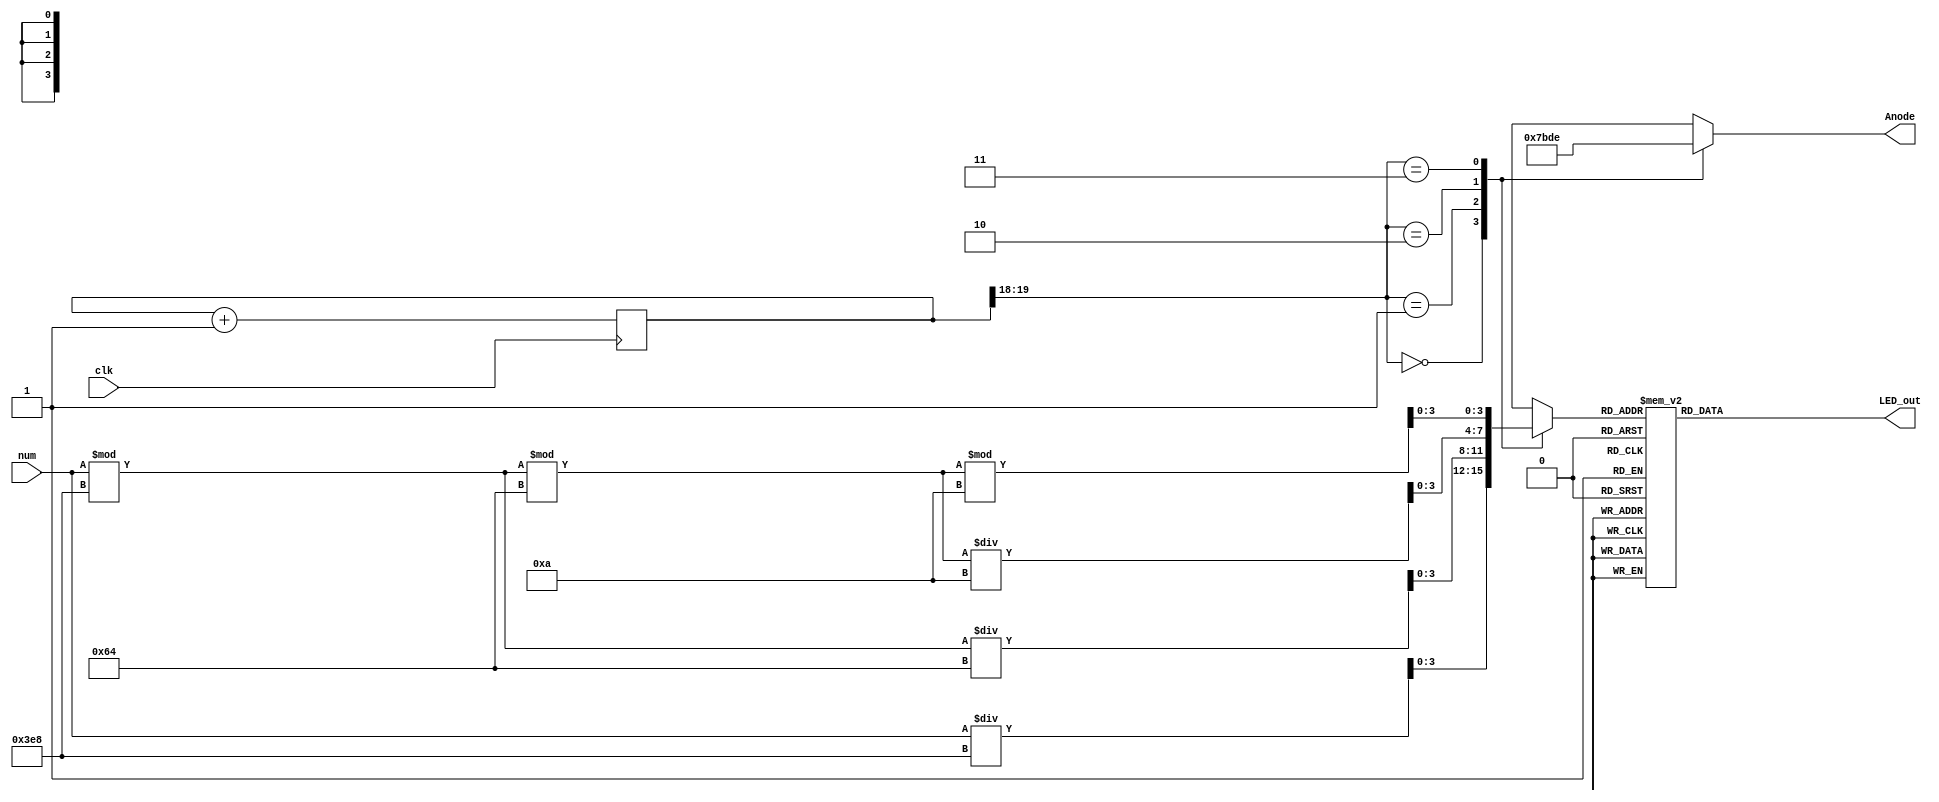
`timescale 1ns / 1ps
//////////////////////////////////////////////////////////////////////////////////
// Company: 
// Engineer: 
// 
// Design Name: 
// Module Name: Four_Digit_Seven_Segment_Driver
// Project Name: 
// Target Devices: 
// Tool Versions: 
// Description: 
// 
// Dependencies: 
// 
// Revision:
// Revision 0.01 - File Created
// Additional Comments:
// 
//////////////////////////////////////////////////////////////////////////////////

module Four_Digit_Seven_Segment_Driver (
     input clk,
     input  [12:0] num,
     output reg [3:0] Anode,
     output reg [6:0] LED_out
     );
    
     reg [3:0] LED_BCD;
     reg [12:0] number;
     reg [19:0] refresh_counter = 0; // 20-bit counter
     wire [1:0] LED_activating_counter;
     always @(posedge clk)
     begin
     refresh_counter = refresh_counter + 1;
     end
    
     assign LED_activating_counter = refresh_counter[19:18];
    
    
    
     always @(*)
     begin

      number =num;
         
     case(LED_activating_counter)
     2'b00: begin
     Anode = 4'b0111;
     LED_BCD = (number / 1000);
     end
     2'b01: begin
     Anode = 4'b1011;
     LED_BCD = (number % 1000)/100;
     end
     2'b10: begin
     Anode = 4'b1101;
     LED_BCD = ((number % 1000)%100)/10;
     end
     2'b11: begin
     Anode = 4'b1110;
     LED_BCD = ((number % 1000)%100)%10;
     end
     endcase
     end
     always @(*)
     begin
     case(LED_BCD)
     4'b1111: LED_out = 7'b1111110; // "-"
     4'b0000: LED_out = 7'b0000001; // "0"
     4'b0001: LED_out = 7'b1001111; // "1"
     4'b0010: LED_out = 7'b0010010; // "2"
     4'b0011: LED_out = 7'b0000110; // "3"
     4'b0100: LED_out = 7'b1001100; // "4"
     4'b0101: LED_out = 7'b0100100; // "5"
     4'b0110: LED_out = 7'b0100000; // "6"
     4'b0111: LED_out = 7'b0001111; // "7"
     4'b1000: LED_out = 7'b0000000; // "8"
     4'b1001: LED_out = 7'b0000100; // "9"
     default: LED_out = 7'b0000001; // "0"
     endcase
     end
endmodule